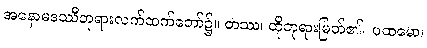
အနောမဒဿီဘုရားလက်ထက်တော်၌။ တဿ၊ ထိုဘုရားမြတ်၏။ ပထမော၊